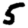
Digit: 5